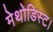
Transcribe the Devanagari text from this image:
मेथोडिस्ट।